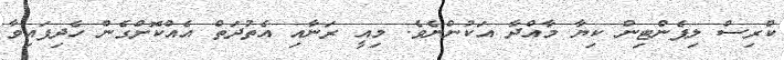
ކްރިސް ލިޕެންޓިން ކިޔާ މާއްދާ އަކުންނެވެ. މިއީ ރަނާއި އެތުދަތް އެއްކޮށްގެން ހެދިފައިވާ